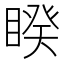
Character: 睽